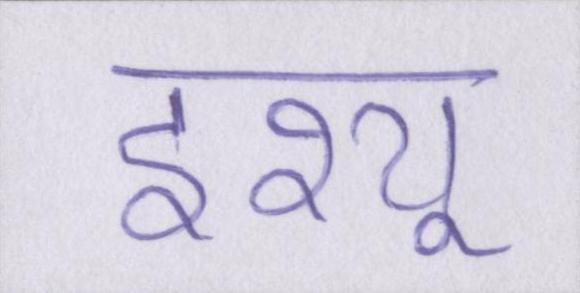
इश्यू